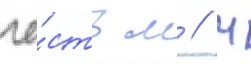
че́сть м // М